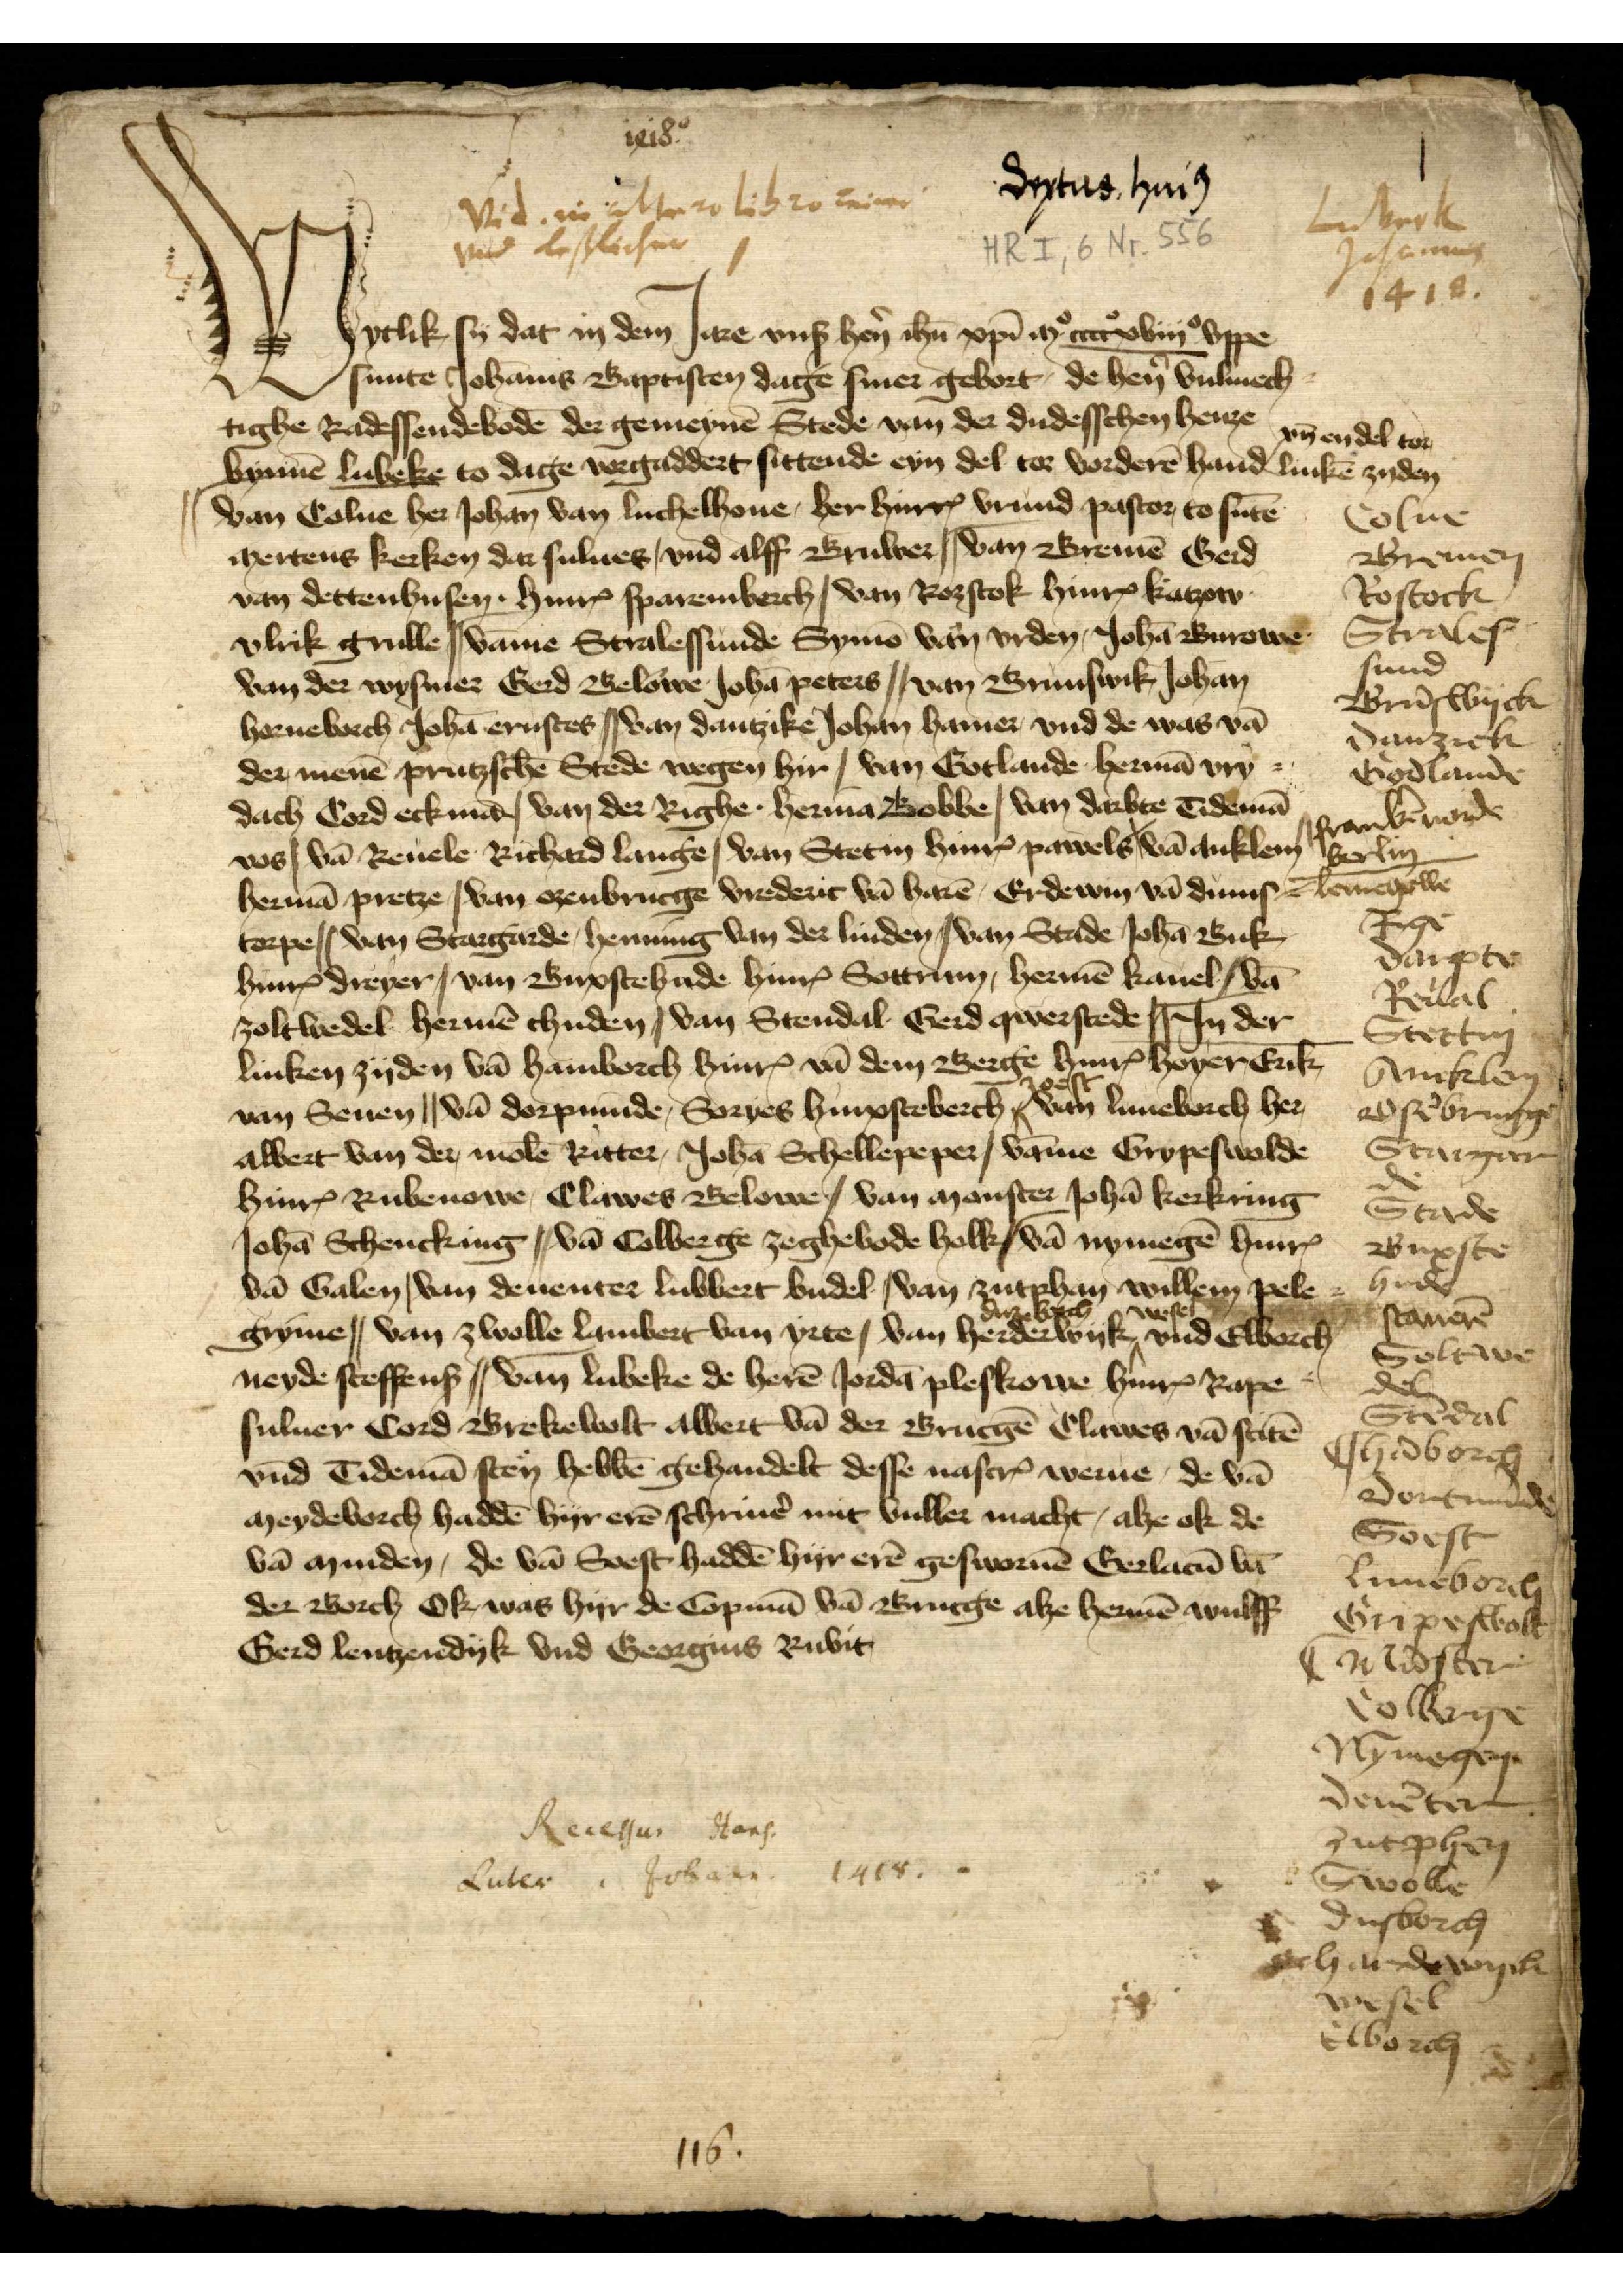
1418
vid in Me ro Libro reiner
vid lislichen

Drytus hui 9

Lubeck
Johannis
1418

Wytlik sy dat in dem Jare vnß hẻn ihu xpi M.o ccccoxviijo vppe
sunte Johānis Baptisten dage siner gebort, de hẻn vulmech¬
tighe Radessendebodē der gemeynē Stede van der dudesschen henze
bynnē Lubeke to dage vorgaddert sittende eyn del tor vorderē hand vn̄ en del tor linkē zyden
|| van Colne her Johan van Luchelhoue, her HinrꝬ Vrund pastor, to sūte
Mertens kerken dar sulues | vnd Alff Bruwer || van Bremē Gerd
van Dettenhusen . HinrꝬ Sparemberch | van Rozstok HinrꝬ Katzow
Vlrik Grulle || Vāme Stralessunde Symō van Vrden, Johā Burowe
van der Wysmer Gerd Belowe, Johā Peters || van Brunswik Johān
Herueberch, Johā Ernstes || van Dantzike Johan Hamer vnd de was vā
der menē prutzschē Stede wegen hir | van Gotlande Hermā Vry
dach Cord Eckmā | van der Righe . Hermā Bobbe | van Darbte Tidemā
Vos | vā Reuele Richard Lange | van Stetin HinrꝬ Pawels | vā Anklem
Hermā Pretze | van Ozenbrucge Vrederic vā Harē, Erdewin vā Dums¬
torpe || van Stargarde, Henning van der Linden | van Stade Johā Buk
HinrꝬ Dreyer | van Buxtehude HinrꝬ Sottrum, Hermē Kanel | vā
Zoltwedel Hermē Chuden | van Stendal . Gerd Qwerstede || Jn der
linken zijden vā Hamborch HinrꝬ vā dem Berge HinrꝬ Hoyer, Erik
van Seuen || vā Dorpmūde, Soryes Hinxsceberch , van Luneborch Her
Albert van der, Molē Ritter, Johā Schellepeper | vāme Grypeswolde
HinrꝬ Rubenowe, Clawes Belowe | van Monster Johā Kerkring
Johā Schencking | vā Collberge Zeghebode Holk | vā  Nymegē HinrꝬ
vā Galen | van Deuenter Lubbert Budel | van Zutphan Willem Pele¬
gryme | van Zwolle Lambert van Yrte | van Duzeborch Herderwyk Wessel vnd Elborch
Neyde Steffenß | van Lubeke de herē Jordā Pleskowe HinrꝬ Rape¬
suluer Cord Brekewolt Albert vā der Brucgē Clawes vā  Stitē
vnd Tidemā Sten hebbē gehandelt desse nascrꝬ werne de vā
Meydeborch haddē hyr erē schriuẻ mit vuller macht, alze ok de
vā Minden, de vā Soest haddē hy erē geswornē Gerlaen̄ vn̄
der Borch Ok was hyr de Copmā vā Brucge alze Hermē Wulff
Gerd Lentzendyk vnd Georgius Rubit

W

Recessus Hans.
Luter Johan. 1418

116

Colne
Bremen
Rostock
Strale¬
sund
Brūswyck
Danzick
Godlande
Frankēuorde
Berlin
Lemegowe
Riga
Darpte
Reval
Stettin
Amklem
Osēbrugge
Stargar¬
de
Stade
Buxte¬
hude
stauarē
Soltaue
del
Stendal
Chedborch
Dortmunde
Soest
Luneborch
Gripeswolt
Caludsen
Collberge
Nymegen	
Deuēter
Zutphen
Swolle
Dusborch
Henedewyck
Wesel
Ellborch